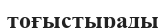
тоғыстырады